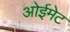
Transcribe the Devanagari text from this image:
ओईमेट